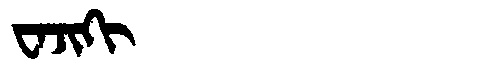
Manchu: ᠸᠠᠵᡳᡴᡳ
Romanization: WAJIKI